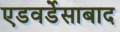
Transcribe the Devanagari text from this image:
एडवर्डेसाबाद